Kiideva_(Sinalepa)_vallavalitsus, lk 6
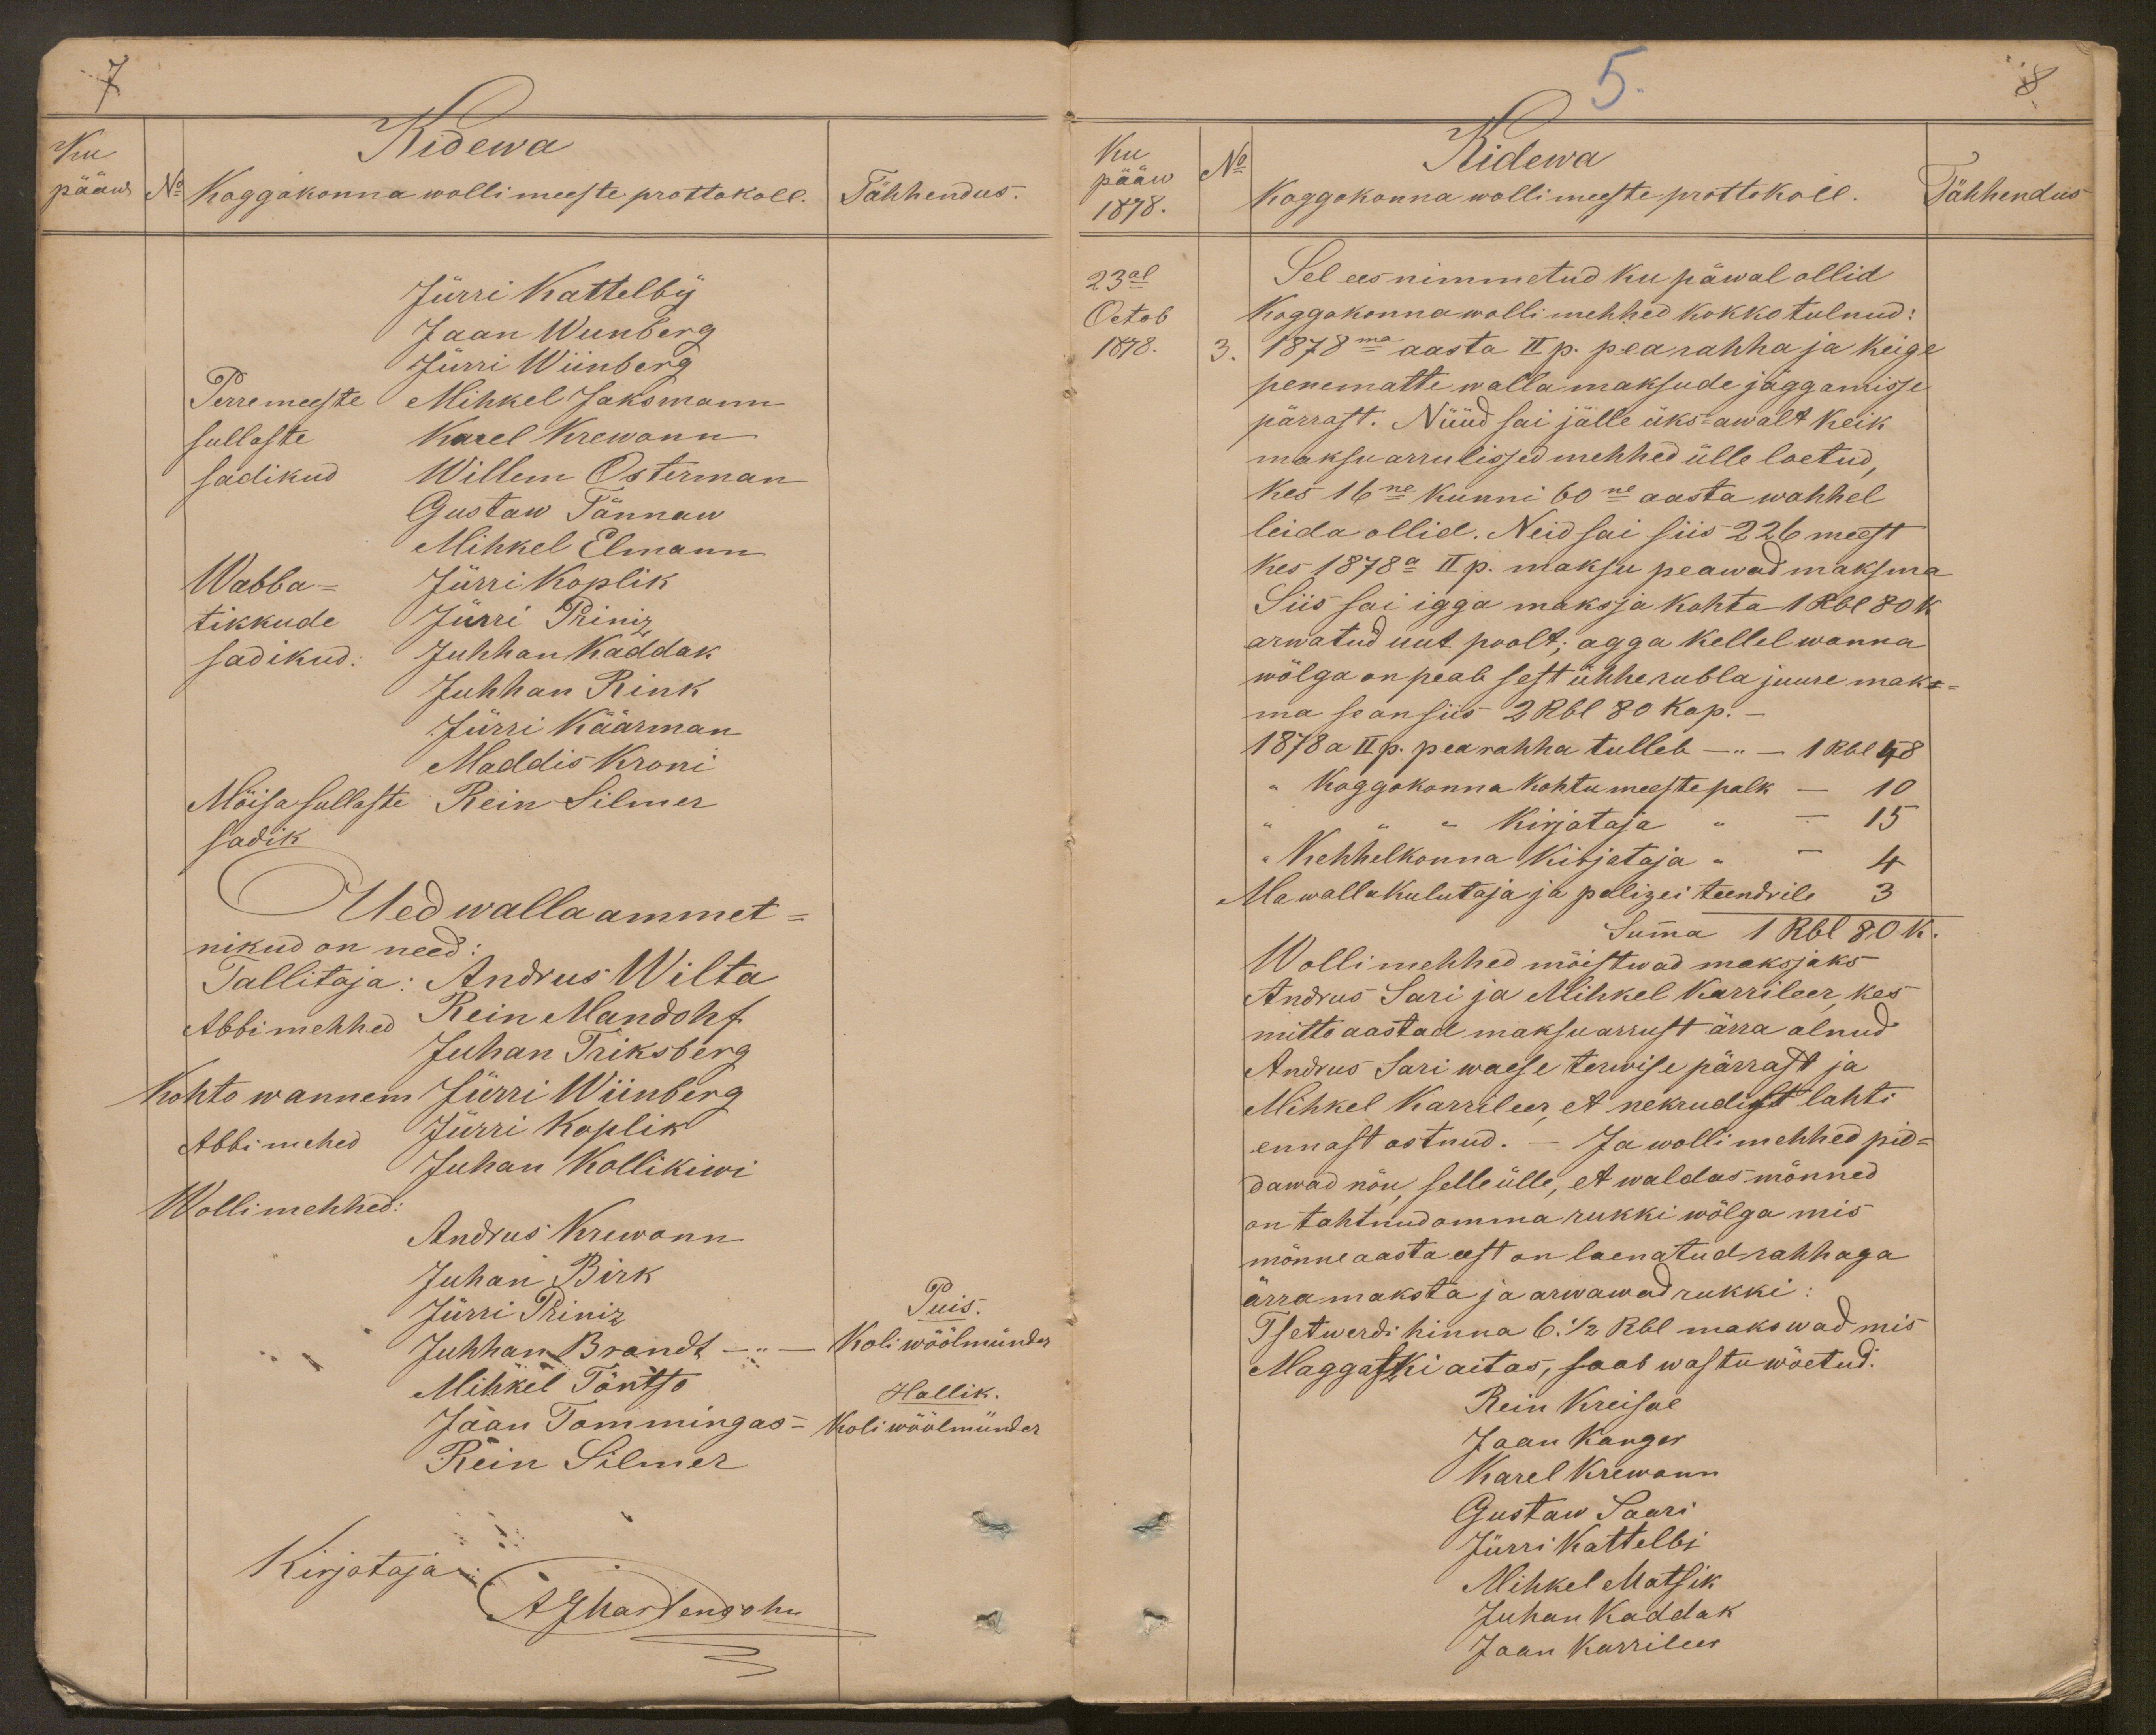
Ku
Kidewa
pääw
No
Koggokonna wollimeeste prottokoll.
Tähhendus.
Jürri Kattelby
Jaan Wiinberg
Jürri Wiinberg
Perremeeste
Mihkel Jaksmann
sullaste
Karel Krewann
sadikud
Willem Osterman
Gustaw Tännaw
Mihkel Elmann
Wabba-
Jürri Koplik
tikkude
Jürri Priniz
sadikud.
Juhhan Kaddak
Juhhan Rink
Jürri Käärman
Maddis Kroni
Mõisa sullaste Rein Silmer
sadik
Ued walla ammet-
nikud on need:
Tallitaja: Andrus Wilta
Abbimehhed Rein Mandohf
Juhan Triksberg
Kohto wannem Jürri Wiinberg
Abbi mehed
Jürri Koplik
Juhan Kollikiwi
Wollimehhed
Andrus Krewonn
Juhan Birk
Jürri Priniz
Puis
Juhhan Brandt - "
Koli wöölmünder
Mihkel Tõntso
Hallik.
Jaan Tommingas
Koli wöölmünder
Rein Silmer
Kirjotaja
AJMartenson

5.
8
Ku
No
Kidewa
pääw
Koggokonna wollimeeste prottokoll.
Tähhendus
1878.
23al
Sel ees nimmetud ku päwal ollid
Octob
Koggokonna wollimehhed kokko tulnud:
1878.
3. 1878ma aasta II p. pearahha ja keige
penematte walla maksude jäggamisse
pärrast. Nüüd sai jälle üks-awalt keik
maksu arrulissed mehhed ülle loetud,
kes 16ne kunni 60ne aasta wahhel
leida ollid. Neid sai siis 246 meest
Kes 1878 a II p. maksu peawad maksma
Siis sai igga maksja kohta 1 Rbl 80 k
arwatud uut poolt; agga kellel wanna
wõlga on peab sest ühhe rubla juure mak-
ma se on siis 2 Rbl 80 kop.
1878 a II p. pearahha tulleb - " - 1 Rbl 48
koggokonna kohtumeeste palk - 10
kirjotaja " - 15
kehhelkonna kirjotaja " - 4
Ma walla kulutaja ja polizei teendrile 3
Summa 1 Rbl 80 k.
Wollimehhed mõistwad maksjaks
Andrus Sari ja Mihkel Karrileer, kes
mitto aastad maksuarrust ärra olnud
Andrus Sari waese terwise pärrast ja
Mihkel Karrileer et nekrudist lahti
ennast ostnud. - Ja wollimehhed pid-
dawad nõu selle ülle, et waldas mõnned
on tahtnud omma rukki wõlga mis
mõnne aasta eest on laenatud rahhaga
ärra maksta ja arwawad rukki:
Tsetwerdi hinna 6 1/2 Rbl makswad mis
Maggastki aitas, saab wastu wõetud:
Rein Kreisal
Jaan Kanger
Karel Krewann
Gustaw Saari
Jürri Kattelbi
Mihkel Matsik
Juhan Kaddak
Jaan Karrileer